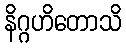
နိဂ္ဂဟိတောသိ